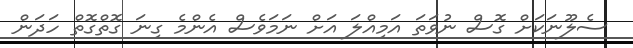
ސެލޫނަކަށް ގޮސް ނުވަތަ އަމިއްލަ އަށް ނަމަވެސް އެންމެ ގިނަ ގޮތްގޮތް ހަދަން